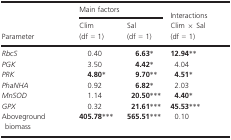
<table><thead><tr><td rowspan="3"><b>Parameter</b></td><td colspan="2"><b>Main factors</b></td><td><b>Interactions</b></td></tr><tr><td><b>Clim (df = 1)</b></td><td><b>Sal (df = 1)</b></td><td><b>Clim × Sal (df = 1)</b></td></tr></thead><tbody><tr><td><i>RbcS</i></td><td>0.40</td><td><b>6.63</b>*</td><td><b>12.94</b>**</td></tr><tr><td><i>PGK</i></td><td>3.50</td><td><b>4.42</b>*</td><td>4.04</td></tr><tr><td><i>PRK</i></td><td><b>4.80</b>*</td><td><b>9.70</b>**</td><td><b>4.51</b>*</td></tr><tr><td><i>PhaNHA</i></td><td>0.92</td><td><b>6.82</b>*</td><td>2.03</td></tr><tr><td><i>MnSOD</i></td><td>1.14</td><td><b>20.50</b>***</td><td><b>4.40</b>*</td></tr><tr><td><i>GPX</i></td><td>0.32</td><td><b>21.61</b>***</td><td><b>45.53</b>***</td></tr><tr><td>Aboveground biomass</td><td><b>405.78</b>***</td><td><b>565.51</b>***</td><td>0.10</td></tr></tbody></table>